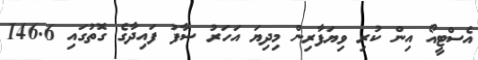
އެސްޓީއޯ އިން ކުރި ވިޔަފާރިން މިދިޔަ އަހަރު ސާފު ފައިދާގެ ގޮތުގައި 146.6